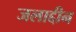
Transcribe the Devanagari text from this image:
जलाद्दीन